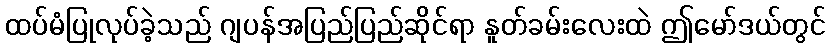
ထပ်မံပြုလုပ်ခဲ့သည် ဂျပန်အပြည်ပြည်ဆိုင်ရာ နူတ်ခမ်းလေးထဲ ဤမော်ဒယ်တွင်